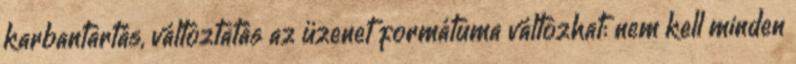
karbantartás, változtatás az üzenet formátuma változhat: nem kell minden